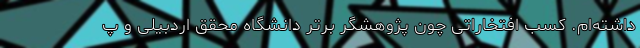
داشته‌ام. کسب افتخاراتی چون پژوهشگر برتر دانشگاه محقق اردبیلی و پ